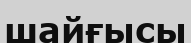
шайғысы